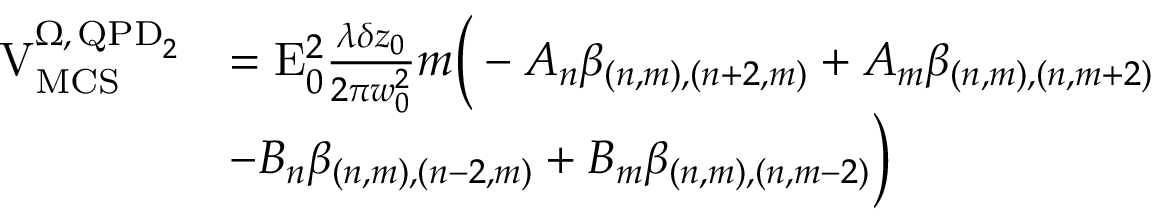
\begin{array} { r l } { \mathrm { V } _ { \mathrm { M C S } } ^ { \Omega , \, \mathrm { Q P D } _ { 2 } } } & { = \mathrm { E } _ { 0 } ^ { 2 } \frac { \lambda \delta z _ { 0 } } { 2 \pi w _ { 0 } ^ { 2 } } m \Big ( - A _ { n } \beta _ { ( n , m ) , ( n + 2 , m ) } + A _ { m } \beta _ { ( n , m ) , ( n , m + 2 ) } } \\ & { - B _ { n } \beta _ { ( n , m ) , ( n - 2 , m ) } + B _ { m } \beta _ { ( n , m ) , ( n , m - 2 ) } \Big ) } \end{array}